Sanitation, dispensaries and jails vaccination Rajputana 1922-1927 - 1922-1927
Year: 1922
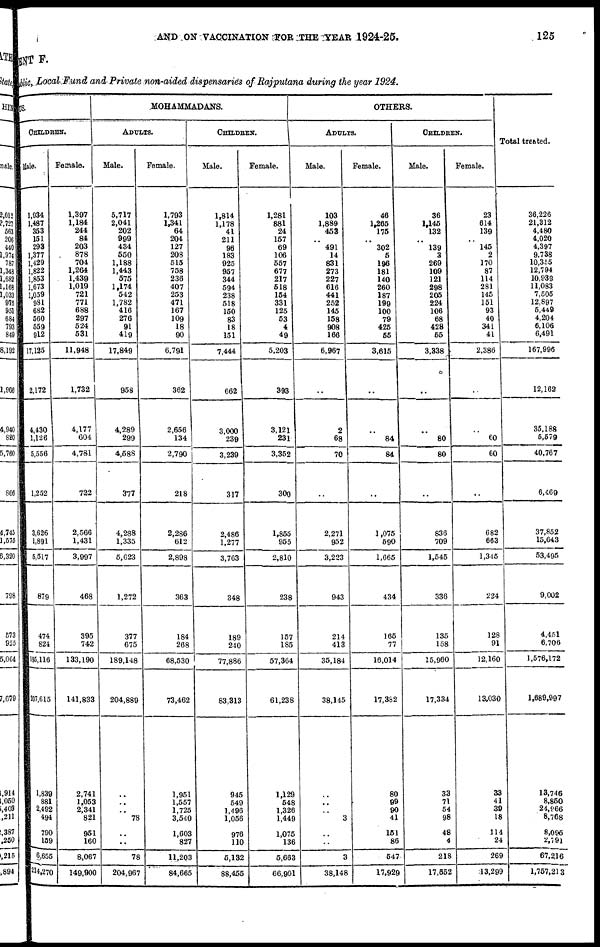
AND ON VACCINATION FOR THE YEAR 1924-25.
125
MENT F.
public, Local Fund and Private non-aided dispensaries of Rajputana during the year 1924.
DUS.
CHILDREN.
Male.
1,934
1,487
353
151
293
1,377
1,429
1,822
1,853
1,673
1,059
981
682
560
559
912
17,135
2,172
4,430
1,126
5,556
1,252
3,626
1,891
5,517
879
474
824
195,116
207,615
1,839
881
2,492
494
790
109
6,655
214,270
Female.
1,397
1,184
244
84
203
878
704
1,264
1,439
1,019
721
771
688
297
524
531
11,948
1,732
4,177
604
4,781
722
2,566
1,431
3,997
468
395
742
133,190
141,833
2,741
1,053
2,341
821
951
160
8,067
149,900
MOHAMMADANS.
ADULTS.
Male.
5,717
2,041
202
999
434
550
1,188
1,443
575
1,174
542
1,782
416
276
91
419
17,849
958
4,289
299
4,588
377
4,288
1,335
5,623
1,272
377
675
189,148
204,889
..
..
..
78
..
..
78
204,967
Female.
1,793
1,341
64
204
127
208
515
758
236
407
253
471
167
109
18
90
6,791
362
2,656
134
2,790
218
2,286
612
2,898
363
184
268
68,530
73,462
1,951
1,557
1,725
3,540
1,603
827
11,203
84,665
CHILDREN.
Male.
1,814
1,178
41
211
96
183
925
957
344
594
238
518
160
83
18
151
7,444
662
3,000
239
3,239
317
2,486
1,277
3,763
348
189
240
77,886
83,313
945
549
1,496
1,056
976
110
5,132
88,455
Female.
1,281
881
24
157
69
106
557
677
217
518
154
331
125
53
4
49
5,203
393
3,121
231
3,352
300
1,855
955
2,810
238
157
185
57,364
61,238
1,129
548
1,326
1,449
1,075
136
5,663
66,901
OTHERS.
ADULTS.
Male.
103
1,889
453
.. 491
14
831
273
227
616
441
252
145
158
908
166
6,967
..
2
68
70
..
2,271
952
3,223
943
214
413
35,184
38,145
..
..
..
3
..
..
3
38,148
Female.
46
1,265
175
..
302
5
196
181
140
260
187
199
100
79
425
55
3,615
..
..
84
84
..
1,075
590
1,665
434
165
77
16,014
17,382
80
99
90
41
151
86
547
17,929
CHILDREN.
Male.
36
1,145
132
..
139
3
269
109
121
298
205
224
106
68
428
55
3,338
..
..
80
80
..
836
709
1,545
336
135
158
15,960
17,334
33
71
54
98
48
4
218
17,652
Female.
23
614
139
.. 145
2
170
87
114
281
145
151
93
40
341
41
2,386
..
..
60
60
..
682
663
1,345
224
128
91
12,160
13,030
33
41
39
18
114
24
269
13,299
Total treated.
36,226
21,312
4,480
4,020
4,397
9,738
10,355
12,794
10,939
11,083
7,505
12,897
5,449
4,204
6,106
6,491
167,996
12,162
35,188
5,579
40,767
6,469
37,852
15,643
53,495
9,002
4,451
6,706
1,576,172
1,689,997
13,746
8,850
24,966
8,768
8,095
2,791
67,216
1,757,213